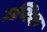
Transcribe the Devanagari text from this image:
ग्रथिक